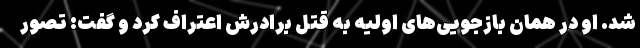
شد. او در همان بازجویی‌های اولیه به قتل برادرش اعتراف کرد و گفت: تصور